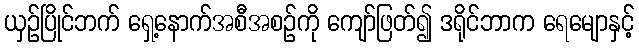
ယှဉ်ပြိုင်ဘက် ရှေ့နောက်အစီအစဉ်ကို ကျော်ဖြတ်၍ ဒရိုင်ဘာက ရေမျောနှင့်